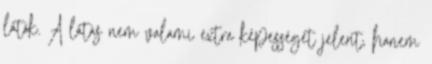
látók. A látás nem valami extra képességet jelent, hanem